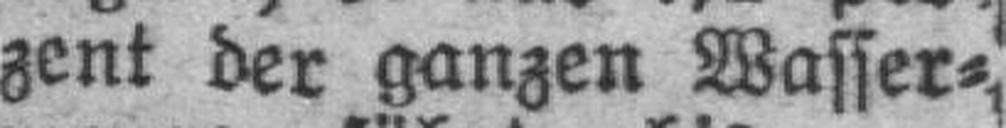
zent der ganzen Wasser¬